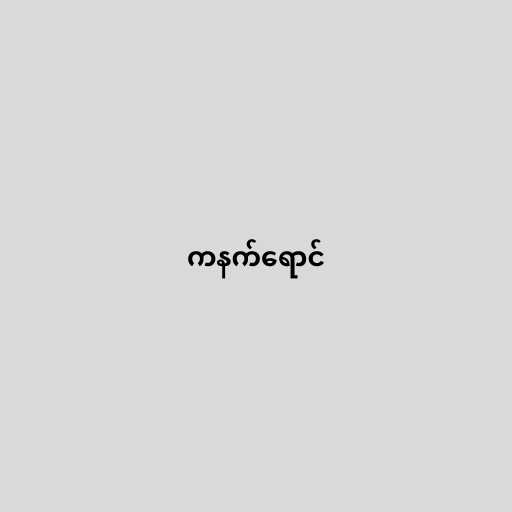
ကနက်ရောင်